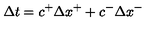
\Delta t = c ^ { + } \Delta x ^ { + } + c ^ { - } \Delta x ^ { - }